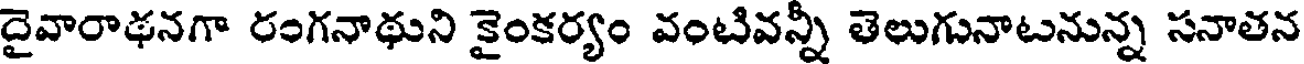
దైవారాథనగా రంగనాథుని కైంకర్యం వంటివన్నీ తెలుగునాటనున్న సనాతన